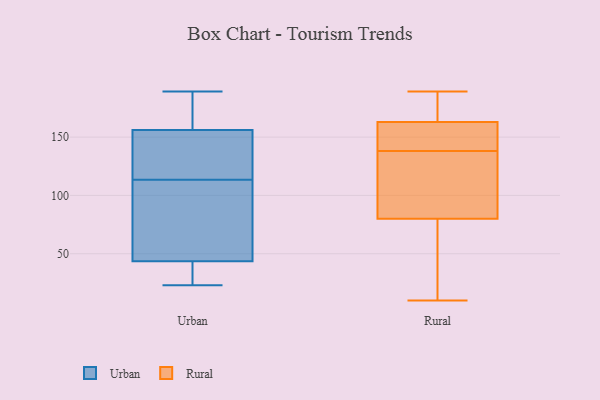
{"axis": {"x": "Satisfaction Score", "y": "Value"}, "legend": ["Rural", "Urban"], "data": [{"x": "", "y": 162, "type": "Urban"}, {"x": "", "y": 36, "type": "Urban"}, {"x": "", "y": 150, "type": "Urban"}, {"x": "", "y": 126, "type": "Urban"}, {"x": "", "y": 94, "type": "Urban"}, {"x": "", "y": 40, "type": "Urban"}, {"x": "", "y": 115, "type": "Urban"}, {"x": "", "y": 112, "type": "Urban"}, {"x": "", "y": 189, "type": "Urban"}, {"x": "", "y": 174, "type": "Urban"}, {"x": "", "y": 47, "type": "Urban"}, {"x": "", "y": 23, "type": "Urban"}, {"x": "", "y": 170, "type": "Rural"}, {"x": "", "y": 172, "type": "Rural"}, {"x": "", "y": 185, "type": "Rural"}, {"x": "", "y": 78, "type": "Rural"}, {"x": "", "y": 109, "type": "Rural"}, {"x": "", "y": 152, "type": "Rural"}, {"x": "", "y": 189, "type": "Rural"}, {"x": "", "y": 47, "type": "Rural"}, {"x": "", "y": 64, "type": "Rural"}, {"x": "", "y": 10, "type": "Rural"}, {"x": "", "y": 156, "type": "Rural"}, {"x": "", "y": 138, "type": "Rural"}, {"x": "", "y": 141, "type": "Rural"}, {"x": "", "y": 82, "type": "Rural"}, {"x": "", "y": 138, "type": "Rural"}, {"x": "", "y": 135, "type": "Rural"}]}